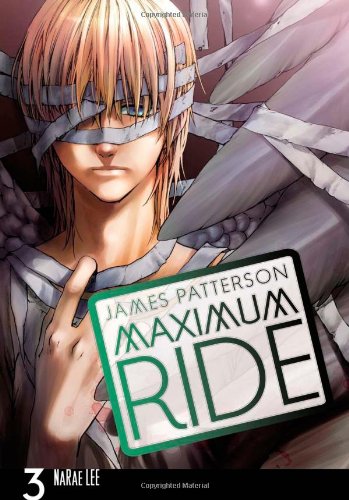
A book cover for Maximum Ride: The Manga, Vol. 3; James Patterson; Comics & Graphic Novels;